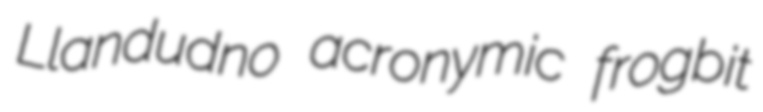
Llandudno acronymic frogbit